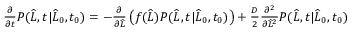
\begin{array} { r } { \frac { \partial } { \partial t } P ( \widehat { L } , t | \widehat { L } _ { 0 } , t _ { 0 } ) = - \frac { \partial } { \partial \widehat { L } } \left( f ( \widehat { L } ) P ( \widehat { L } , t | \widehat { L } _ { 0 } , t _ { 0 } ) \right) + \frac { D } { 2 } \frac { \partial ^ { 2 } } { \partial \widehat { L } ^ { 2 } } P ( \widehat { L } , t | \widehat { L } _ { 0 } , t _ { 0 } ) } \end{array}